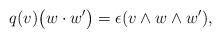
LaTeX: \begin{align*}q(v)\bigl(w \cdot w^\prime\bigr) = \epsilon(v\wedge w\wedge w'), \end{align*}